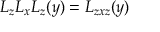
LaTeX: L _ { z } L _ { x } L _ { z } ( y ) = L _ { z x z } ( y )